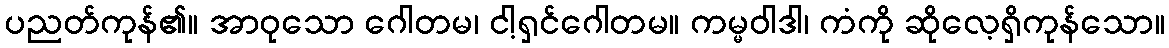
ပညတ်ကုန်၏။ အာဝုသော ဂေါတမ၊ ငါ့ရှင်ဂေါတမ။ ကမ္မဝါဒါ၊ ကံကို ဆိုလေ့ရှိကုန်သော။